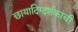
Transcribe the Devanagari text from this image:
छायादिग्दर्शकांची